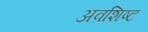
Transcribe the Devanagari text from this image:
अवशिष्‍ट